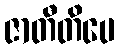
ဇာတီတိပေ